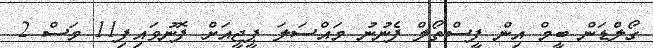
ގޯލްޑަން ބީމް އިން ފީސްތޯލް ފެނުނު މައްސަލަ ޕީޖީއަށް ފޮނުވައިފި11 މަސް 2